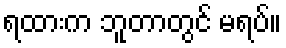
ရထားက ဘူတာတွင် မရပ်။